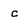
Character: c